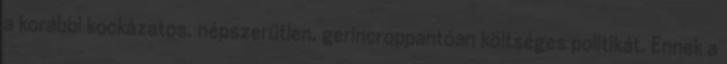
a korábbi kockázatos, népszerűtlen, gerincroppantóan költséges politikát. Ennek a